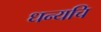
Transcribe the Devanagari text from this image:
धन्यचि